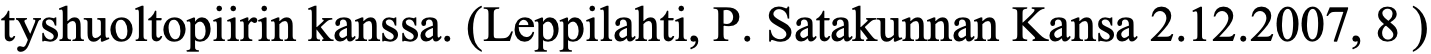
tyshuoltopiirin kanssa. (Leppilahti, P. Satakunnan Kansa 2.12.2007, 8 )